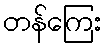
တန်ကြေး